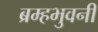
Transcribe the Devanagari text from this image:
ब्रम्हभुवनीं